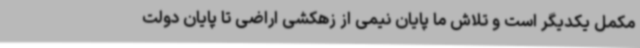
مکمل یکدیگر است و تلاش ما پایان نیمی از زهکشی اراضی تا پایان دولت